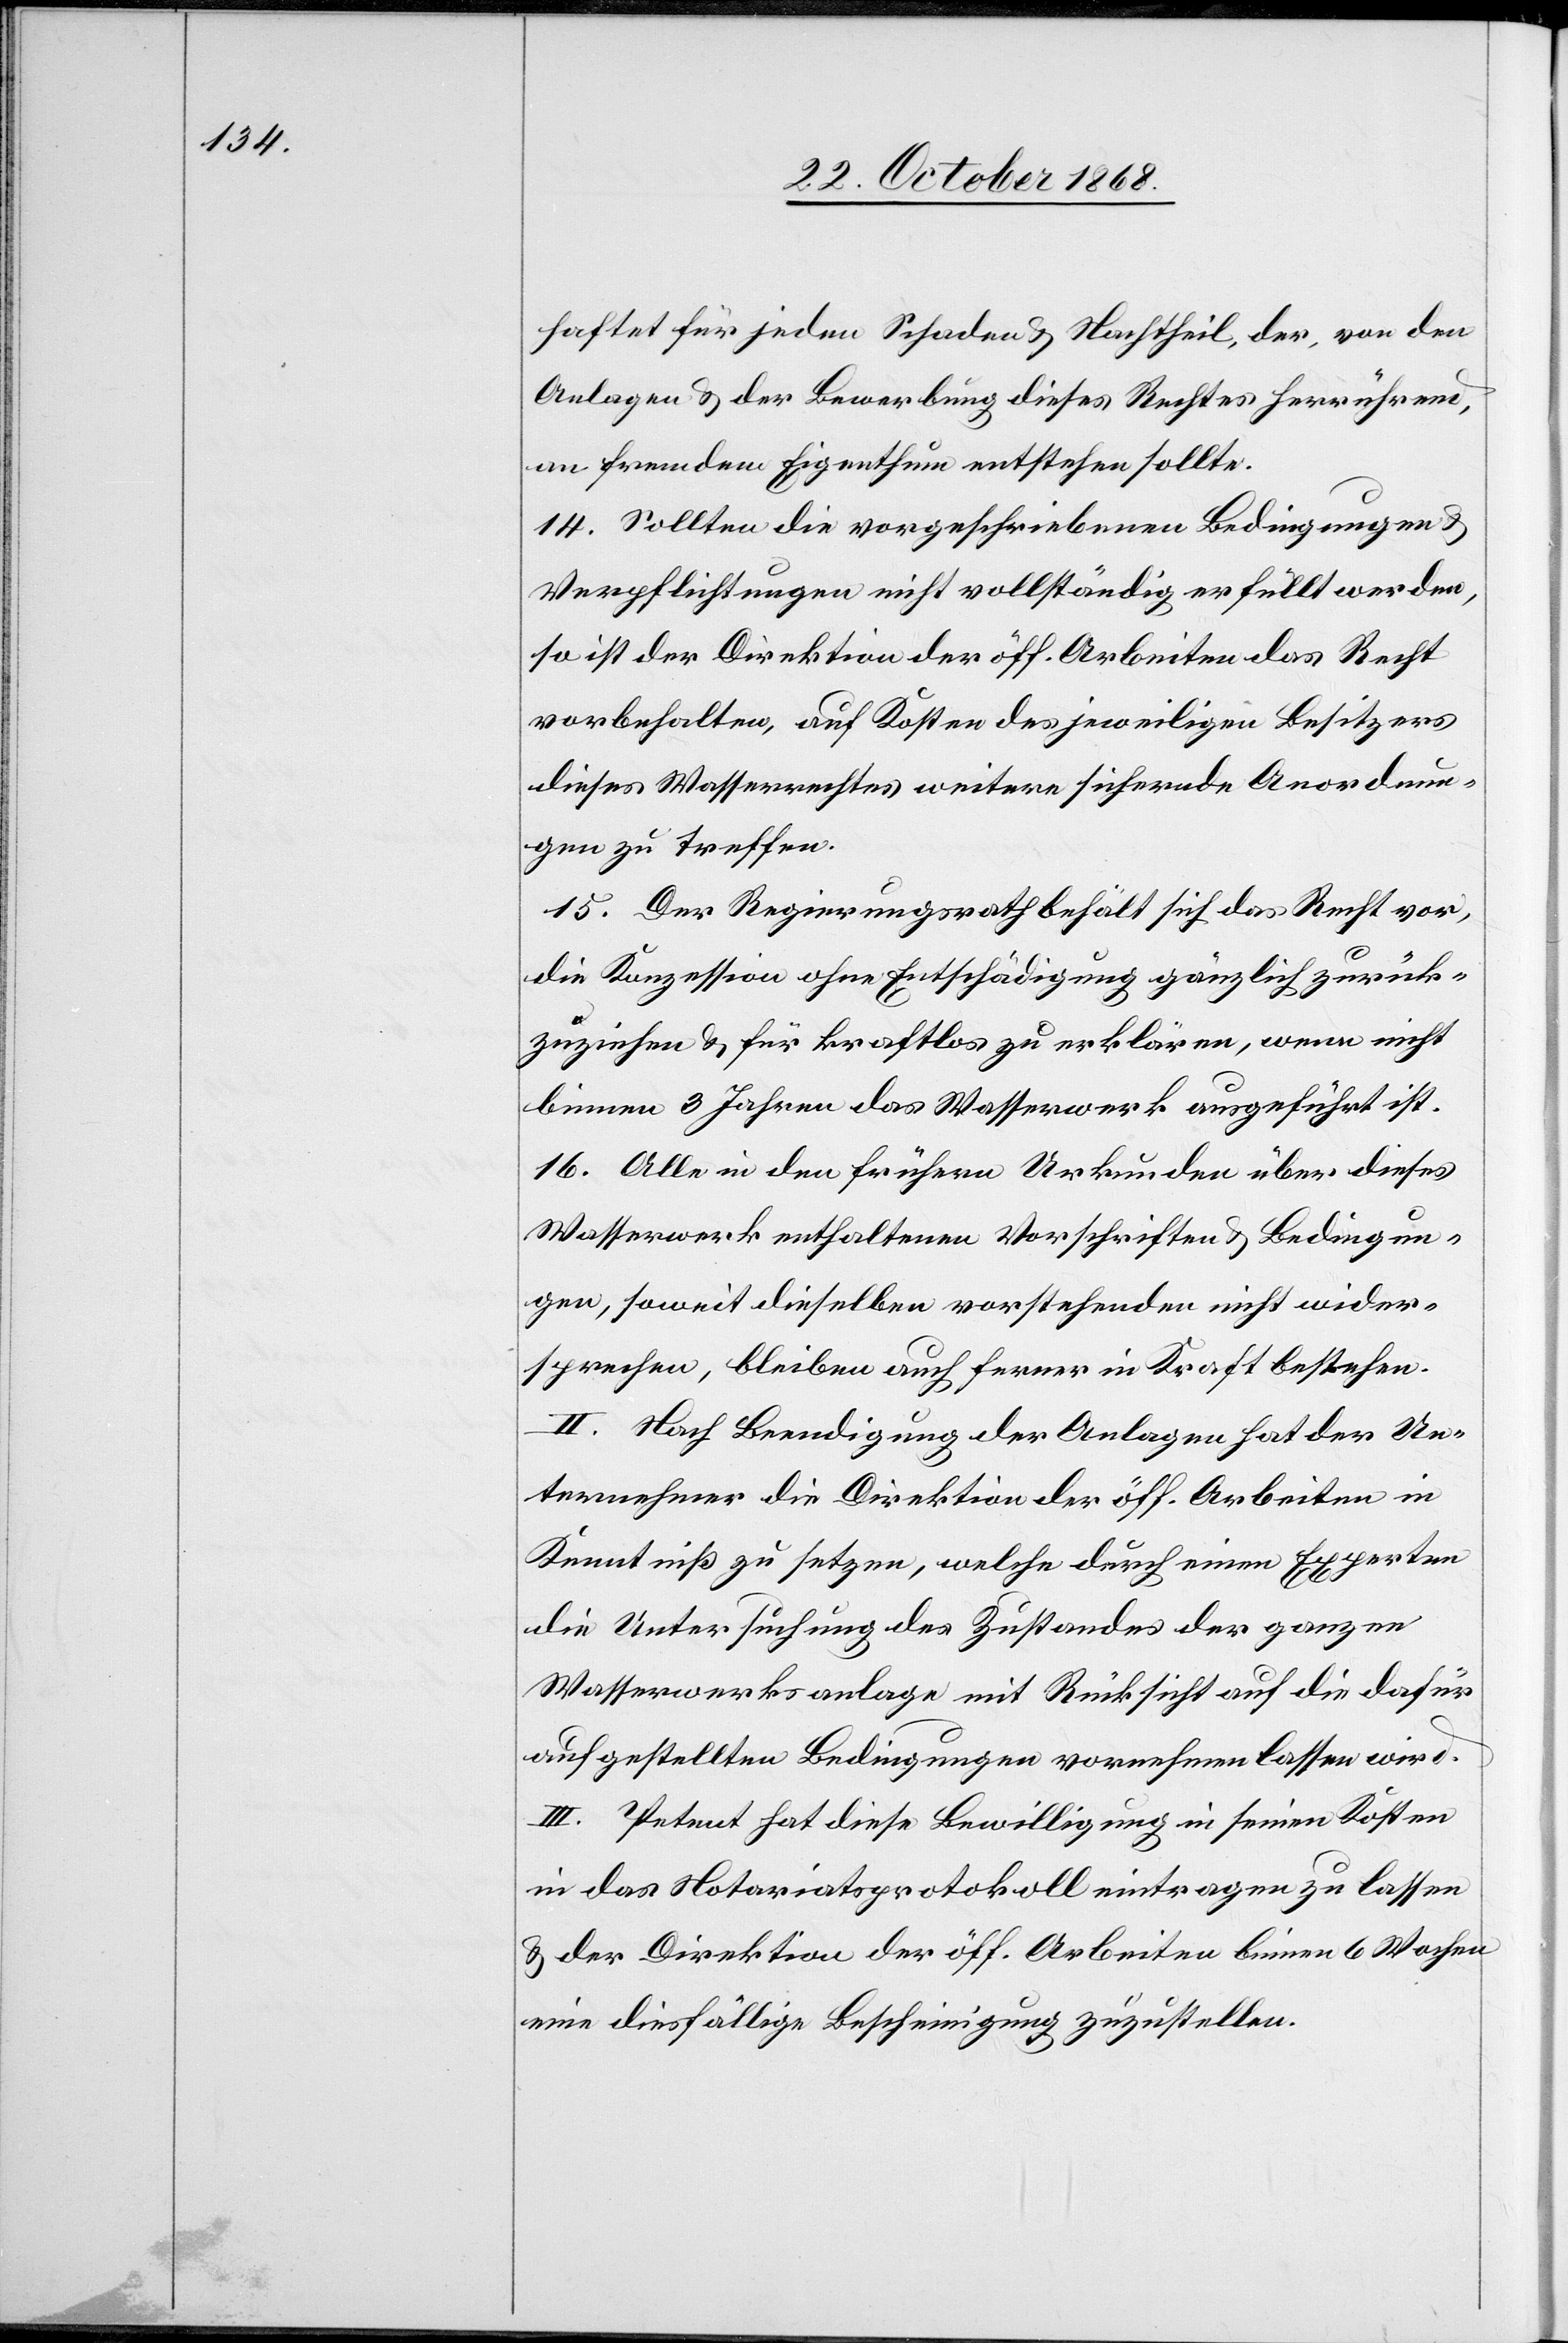
haftet für jeden Schaden & Nachtheil, der, von den
Anlagen & der Bewerbung dieses Rechtes herrührend,
an fremdem Eigenthum entstehen sollte.
14. Sollten die vorgeschriebenen Bedingungen &
Verpflichtungen nicht vollständig erfüllt werden,
so ist der Direktion der öff. Arbeiten das Recht
vorbehalten, auf Kosten des jeweiligen Besitzers
dieses Wasserrechtes weitere sichernde Anordnun¬
gen zu treffen.
15. Der Regierungsrath behält sich das Recht vor,
die Konzession ohne Entschädigung gänzlich zurück¬
zuziehen & für kraftlos zu erklären, wenn nicht
binnen 3 Jahren das Wasserwerk ausgeführt ist.
16. Alle in den frühern Urkunden über dieses
Wasserwerk enthaltenen Vorschriften & Bedingun¬
gen, soweit dieselben vorstehenden nicht wider¬
sprechen, bleiben auch ferner in Kraft bestehen.
II. Nach Beendigung der Anlagen hat der Un¬
ternehmer die Direktion der öff. Arbeiten in
Kenntniß zu setzen, welche durch einen Experten
die Untersuchung des Zustandes der ganzen
Wasserwerksanlage mit Rücksicht auf die dafür
aufgestellten Bedingungen vornehmen lassen wird.
III. Petent hat diese Bewilligung in seinen Kosten
in das Notariatsprotokoll eintragen zu lassen
& der Direktion der öff. Arbeiten binnen 6 Wochen
eine diesfällige Bescheinigung zuzustellen.